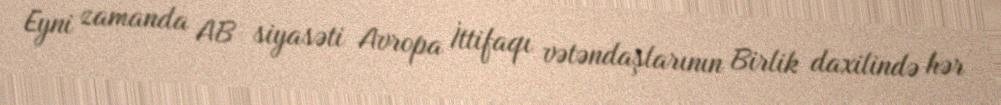
Eyni zamanda AB siyasəti Avropa İttifaqı vətəndaşlarının Birlik daxilində hər